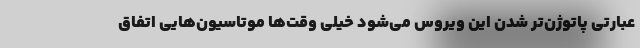
عبارتی پاتوژن‌تر شدن این ویروس می‌شود خیلی وقت‌ها موتاسیون‌هایی اتفاق